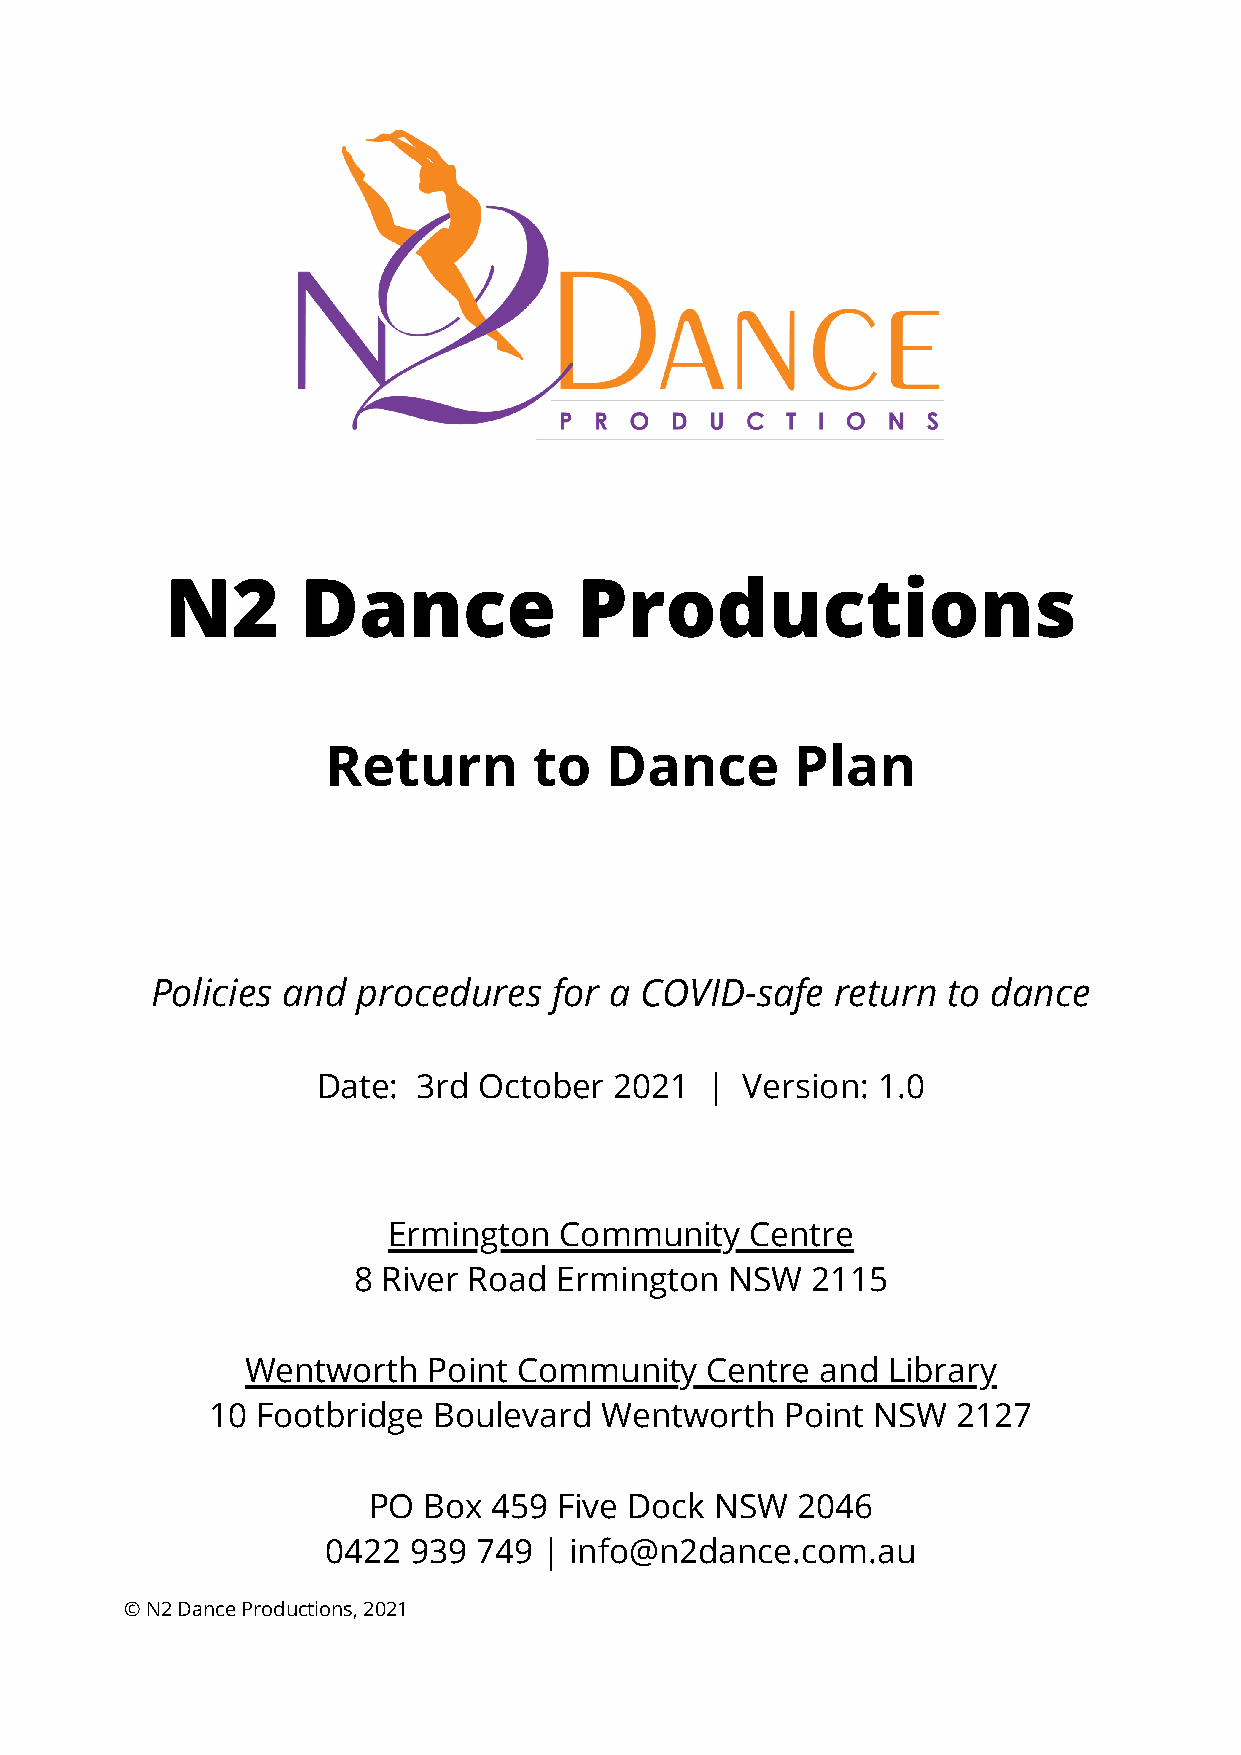
N2       Dance             Productions
 Return       to   Dance        Plan
 Policies and  procedures   for a COVID-safe  return  to dance
 Date:  3rd October  2021  | Version: 1.0
 Ermington  Community    Centre
 8 River Road  Ermington  NSW   2115
 Wentworth   Point Community    Centre and  Library
 10 Footbridge  Boulevard  Wentworth   Point NSW  2127
 PO  Box  459 Five Dock NSW   2046
 0422 939 749  | info@n2dance.com.au
 © N2 Dance Productions, 2021